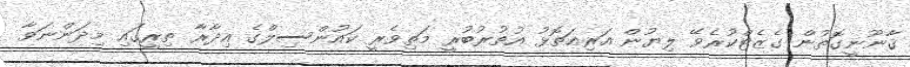
ޤާނޫނީގޮތުން ގެޒެޓްކުރެވޭ ލިޔުން އަރިއަތޮޅު އުތުރުބުރީ މަތިވެރީ ކައުންސިލްގެ އިދާރާ ތިރީގައި މިދަންނަވާ